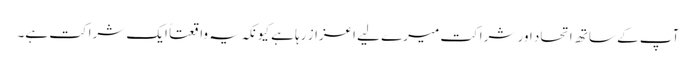
آپ کے ساتھ اتحاد اور شراکت میرے لیے اعزاز رہا ہے کیونکہ یہ واقعتاً ایک شراکت ہے۔